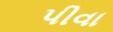
પીવા